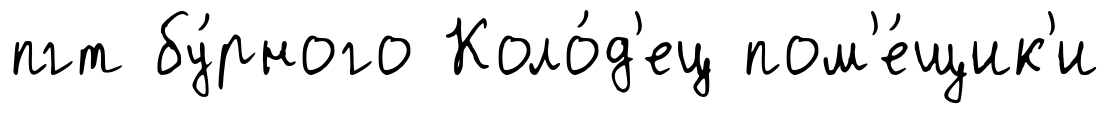
пгт бу́рного Коло́д'ец пом'е́щик'и